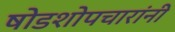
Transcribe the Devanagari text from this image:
षोडशोपचारांनी